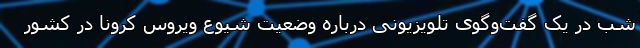
شب در یک گفت‌وگوی تلویزیونی درباره وضعیت شیوع ویروس کرونا در کشور